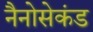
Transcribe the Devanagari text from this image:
नैनोसेकंड